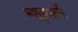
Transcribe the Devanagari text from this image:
बाइबलमें